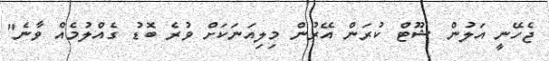
ޖެހޭނީ އަލުން ޝޫޓް ކުރަން އޭރުން މިލިއަނަކަށް ވުރެ ބޮޑު ގެއްލުމެއް ވާނެ"